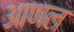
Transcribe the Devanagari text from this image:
आणल